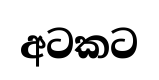
අටකට